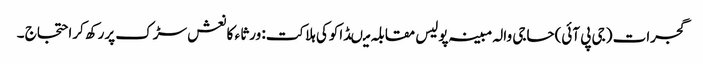
گجرات (جی پی آئی)حاجی والہ مبینہ پولیس مقابلہ میںڈاکوکی ہلاکت: ورثا ء کا نعش سڑک پررکھ کراحتجاج ۔